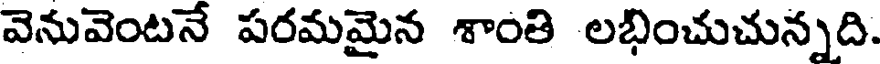
వెనువెంటనే పరమమైన శాంతి లభించుచున్నది.